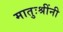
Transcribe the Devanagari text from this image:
मातुःश्रींनी